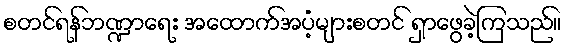
စတင်ရန်ဘဏ္ဍာရေး အထောက်အပံ့များစတင် ရှာဖွေခဲ့ကြသည်။